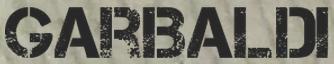
GARIBALDI